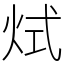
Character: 烒